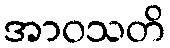
အာဝသတိ